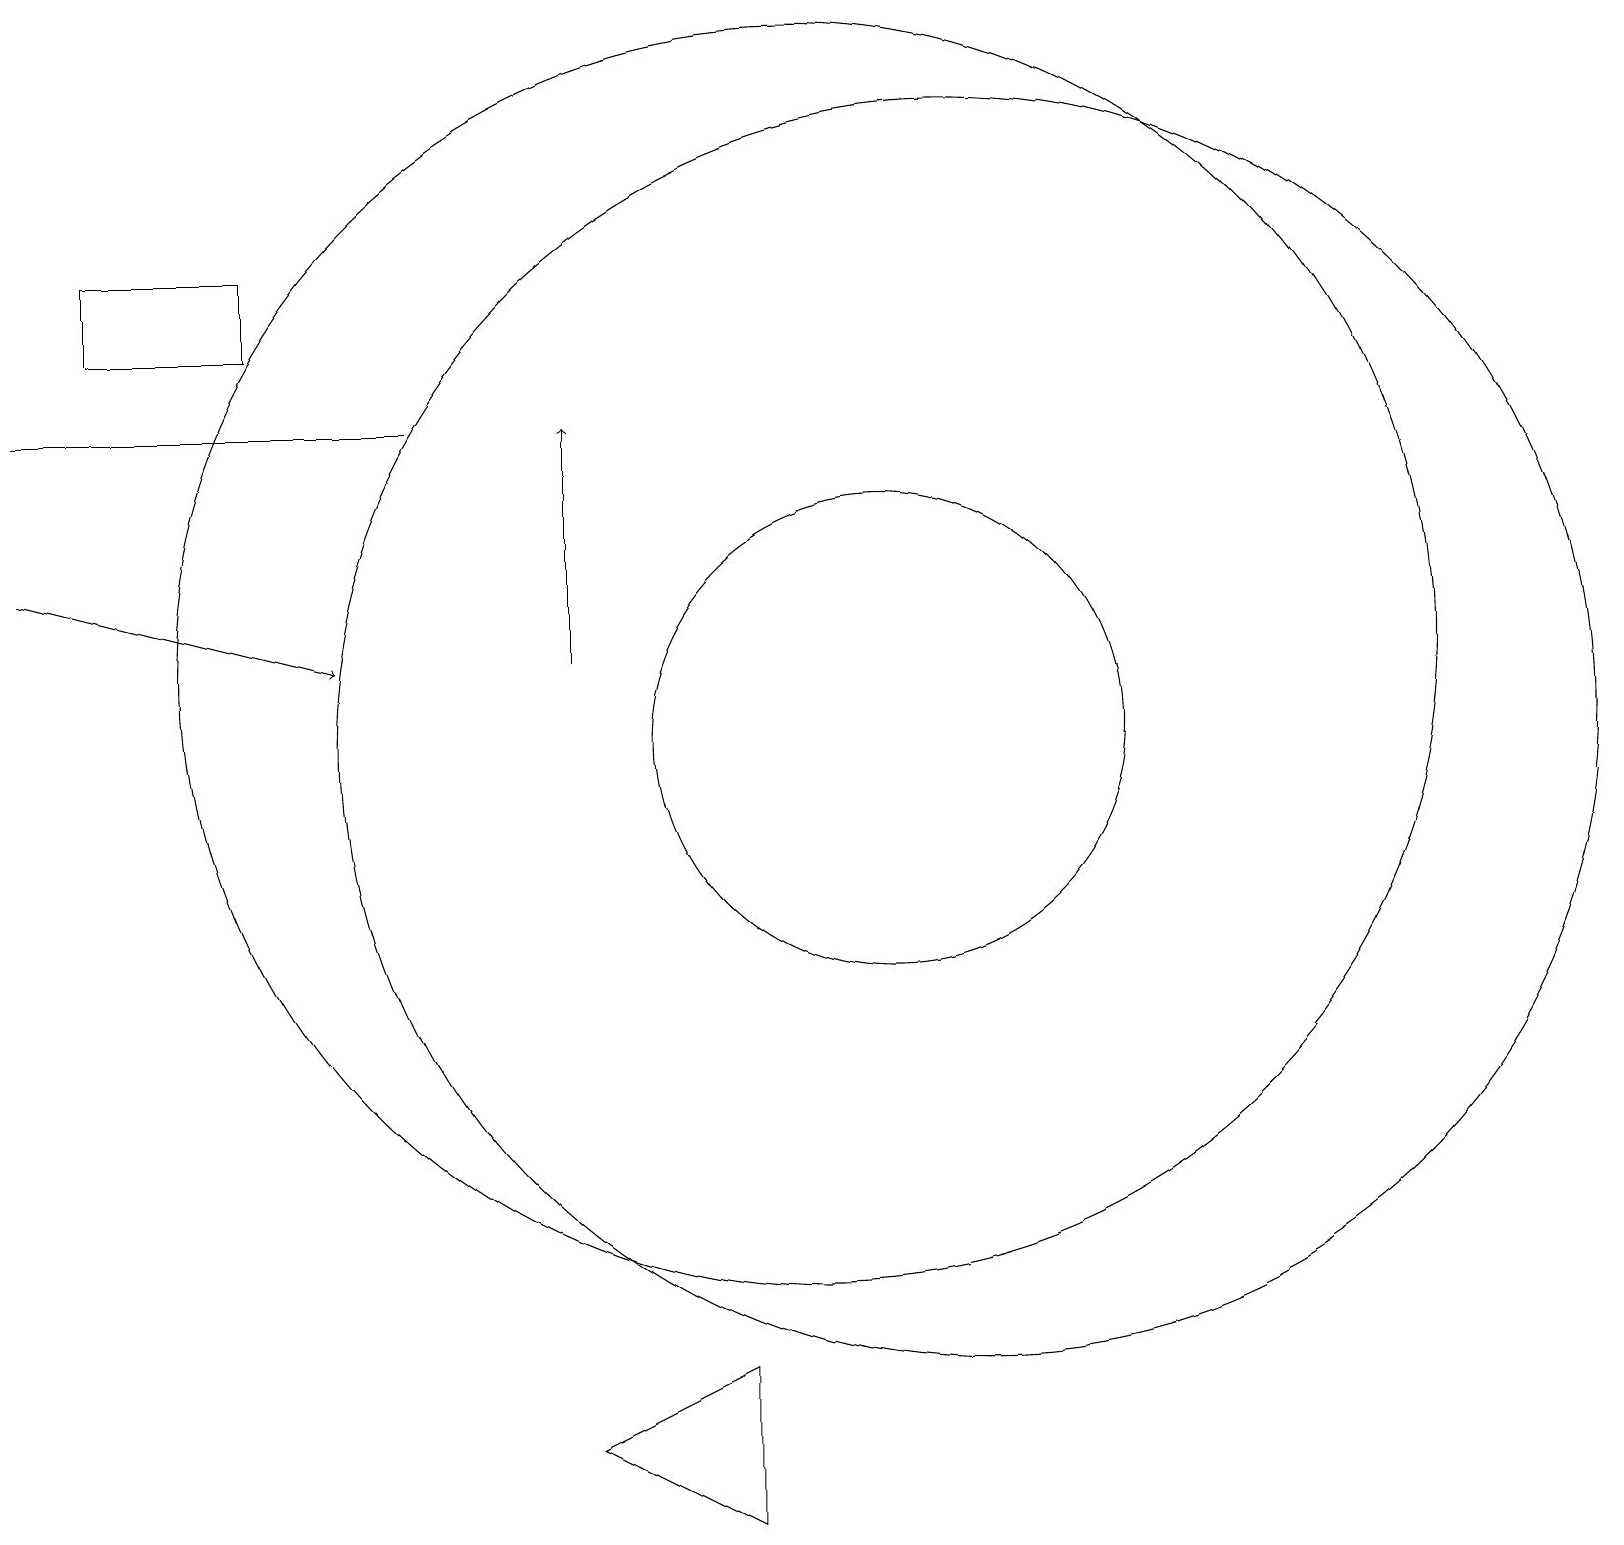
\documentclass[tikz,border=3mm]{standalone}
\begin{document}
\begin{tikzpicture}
\draw (1,15) rectangle (3,16);
\draw (12,10) circle (8);
\draw (10,11) circle (8);
\draw[->] (0,12) -- (4,11);
\draw (0,14) rectangle (5,14);
\draw (7,1) -- (9,2) -- (9,0) -- cycle;
\draw (11,10) circle (3);
\draw[->] (7,11) -- (7,14);
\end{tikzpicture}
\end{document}